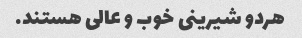
هردو شیرینی خوب و عالی هستند.